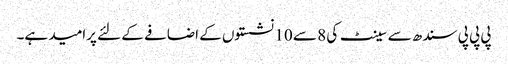
پی پی پی سندھ سے سینٹ کی 8 سے 10 نشستوں کے اضافے کے لئے پرامید ہے۔